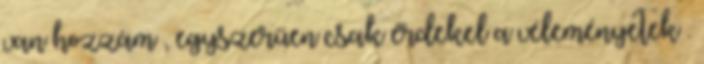
van hozzám , egyszerűen csak érdekel a véleményetek .